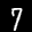
Label: 7